Civil Veterinary Department Bihar & Orissa reports 1929-36 - 1929-1936
Year: 1929
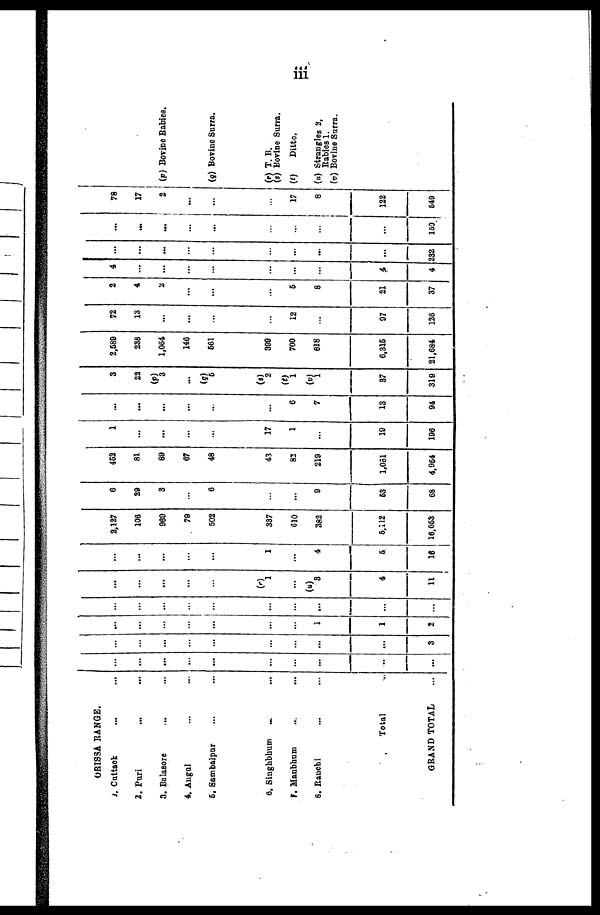
iii
ORISSA RANGE.
1. Cattack ... ...
2. Puri ... ...
3. Balasore ... ...
4. Angul ... ...
5. Sambalpur ... ...
6. Singhbhum ... ...
7. Manbhum ... ...
6. Ranchi ... ...
Total
GRAND TOTAL ...
...
...
...
...
...
...
...
...
..
...
...
...
...
...
...
...
...
...
...
3
...
...
...
...
...
...
...
1
1
2
...
...
...
...
...
...
...
...
...
...
...
...
...
...
...
1
...
(u)
3
4
11
...
...
...
...
...
1
...
4
6
16
2,127
106
960
79
602
337
610
382
5,112
16,053
6
29
3
...
6
...
...
9
53
68
462
81
89
67
48
43
82
219
1,061
4,964
1
...
...
...
...
17
1
19
196
...
...
...
...
...
...
6
7
13
94
3
22
(p)
3
...
(q)
6
(s)
2
(t)
1
(v)
1
37
319
2,689
238
1,064
146
661
399
700
618
6,316
21,684
72
13
...
...
...
...
12
...
97
126
2
4
2
...
...
...
6
8
21
37
4
...
...
...
...
...
...
...
4
4
...
...
...
...
...
...
...
...
...
232
...
...
...
...
...
...
...
...
...
159
78
17
2
...
...
...
17
8
122
549
(p) Bovine Rabies.
(q) Bovine Surra.
(r) T. B.
(s) Bovine Surra.
(t)
Ditto.
(n) Strangles 2,
Rabies 1.
(v) Bovine Surra.